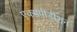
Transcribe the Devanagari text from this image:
एक्सपीडीशन